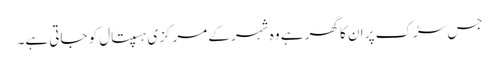
جس سڑک پر ان کا گھر ہے وہ شہر کے مرکزی ہسپتال کو جاتی ہے۔